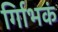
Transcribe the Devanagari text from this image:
र्गािभकं